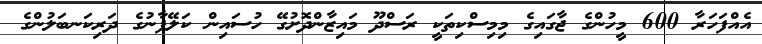
އެއްފަހަރާ 600 މީހުންގެ ޖާގައިގެ މިމިސްކިތަކީ ރަސްދޫ މައިޒާންދޮށުގޭ ހުސައިން ކަލޭފާނުގެ ދަރިކަނބަލުންގެ